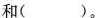
和( )。